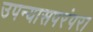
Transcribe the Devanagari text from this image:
उपन्यासपरंपरा